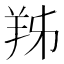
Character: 𦍜